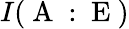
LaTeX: I(\mathrm{~A~:~E~})